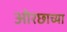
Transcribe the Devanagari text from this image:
ओरछाच्या